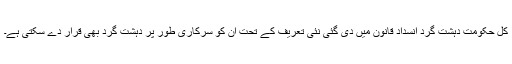
کل حکومت دہشت گرد انسداد قانون میں دی گئی نئی تعریف کے تحت ان کو سرکاری طور پر دہشت گرد بھی قرار دے سکتی ہے۔